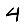
Digit: 4